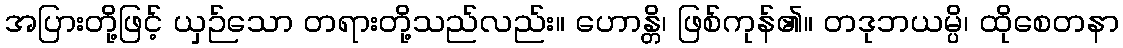
အပြားတို့ဖြင့် ယှဉ်သော တရားတို့သည်လည်း။ ဟောန္တိ၊ ဖြစ်ကုန်၏။ တဒုဘယမ္ပိ၊ ထိုစေတနာ